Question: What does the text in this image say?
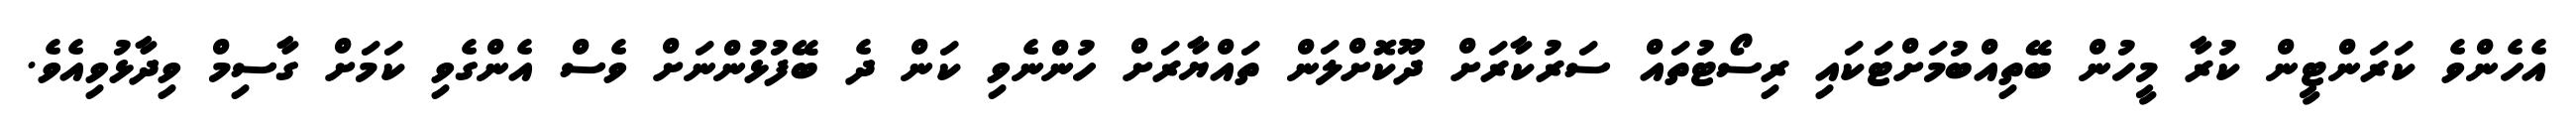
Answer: އެހެންވެ ކަރަންޓީން ކުރާ މީހުން ބޭތިއްބުމަށްޓަކައި ރިސޯޓުތައް ސަރުކާރަށް ދޫކޮށްލަން ތައްޔާރަށް ހުންނެވި ކަން ދެ ބޭފުޅުންނަށް ވެސް އެންގެވި ކަމަށް ގާސިމް ވިދާޅުވިއެވެ.